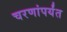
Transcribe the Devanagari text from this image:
चरणांपर्यंत